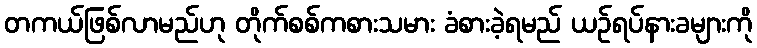
တကယ်ဖြစ်လာမည်ဟု တိုက်စစ်ကစားသမား ခံစားခဲ့ရမည် ယဉ်ရပ်နားခများကို